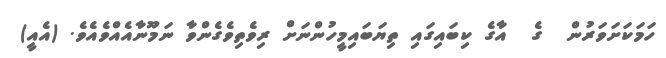
ހަމަކަށަވަރުން  ގެ  އާގެ ކިބައިގައި ތިޔަބައިމީހުންނަށް ރިވެތިވެގެންވާ ނަމޫނާއެއްވެއެވެ. (އެއީ)